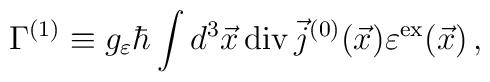
\Gamma^{(1)} \equiv g_\varepsilon \hbar \int d^3\vec{x}\,{\rm div}\, \vec{j}^{(0)}(\vec{x}) \varepsilon^{\rm ex}(\vec{x}) \,,